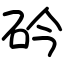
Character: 砛